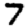
Digit: 7